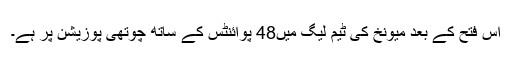
اس فتح کے بعد میونخ کی ٹیم لیگ میں48 پوائنٹس کے ساتھ چوتھی پوزیشن پر ہے۔